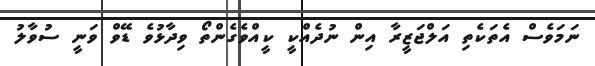
ނަަމަވެސް އެތަކެތި އަލްޖަޒީރާ އިން ނުދެއްކީ ކީއްވެގެންތޯ ވިދާޅުވެ ޑޭވް ވަނީ ސުވާލު